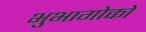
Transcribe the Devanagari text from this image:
भुभागोको